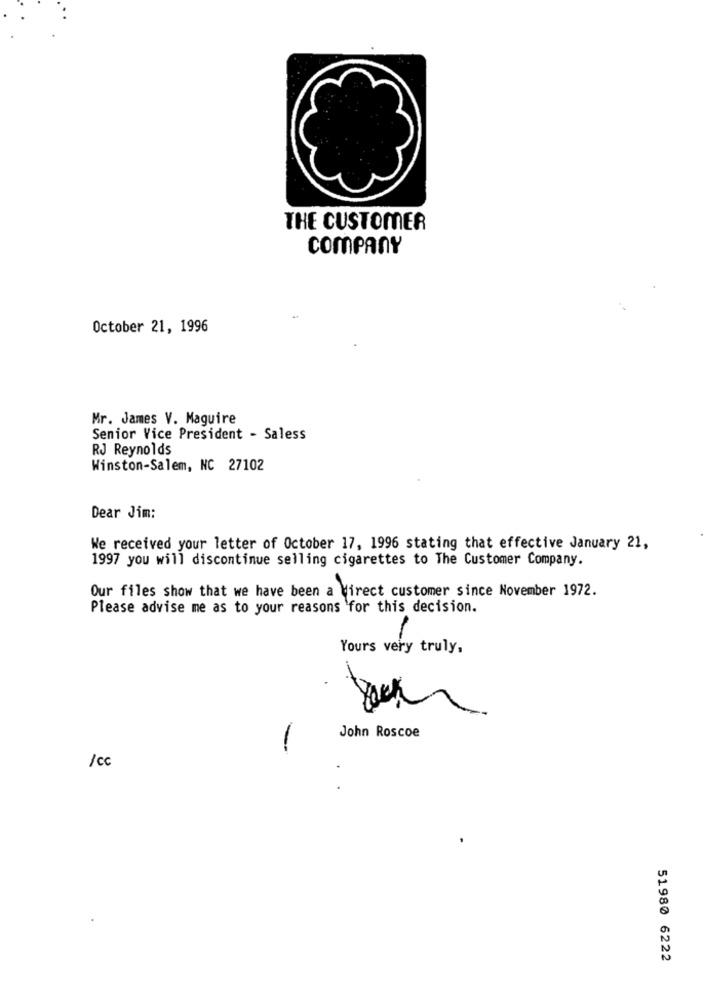
THE CUSTOMER
COMPANY
October 21, 1996
Mr. James V. Maguire
Senior Vice President - Saless
RJ Reynolds
Winston-Salem, NC 27102
Dear Jim:
We received your letter of October 17, 1996 stating that effective January 21,
1997 you will discontinue selling cigarettes to The Customer Company.
Our files show that we have been a direct customer since November 1972.
Please advise me as to your reasons for this decision.
Yours very truly,
John Roscoe
-
/ Cc
51980 6222